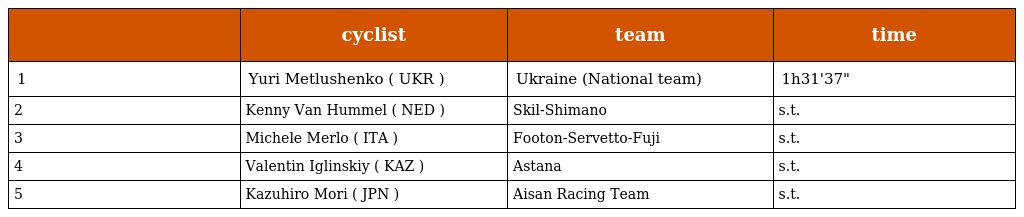
|  | cyclist | team | time |
 | --- | --- | --- | --- |
 | 1 | Yuri Metlushenko ( UKR ) | Ukraine (National team) | 1h31'37" |
 | 2 | Kenny Van Hummel ( NED ) | Skil-Shimano | s.t. |
 | 3 | Michele Merlo ( ITA ) | Footon-Servetto-Fuji | s.t. |
 | 4 | Valentin Iglinskiy ( KAZ ) | Astana | s.t. |
 | 5 | Kazuhiro Mori ( JPN ) | Aisan Racing Team | s.t. |